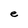
Character: e